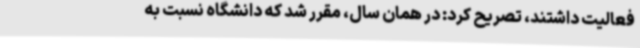
فعالیت داشتند، تصریح کرد: در همان سال، مقرر شد که دانشگاه نسبت به